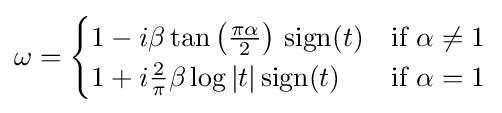
\omega ={\begin{cases}1-i\beta \tan \left({\tfrac {\pi \alpha }{2}}\right)\,\operatorname {sign} (t)&{\text{if }}\alpha \neq 1\\1+i{\tfrac {2}{\pi }}\beta \log |t|\operatorname {sign} (t)&{\text{if }}\alpha =1\end{cases}}